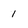
Character: 1